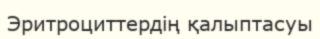
Эритроциттердің қалыптасуы